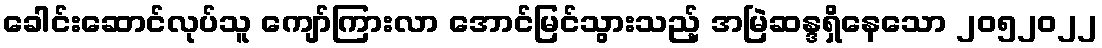
ခေါင်းဆောင်လုပ်သူ ကျော်ကြားလာ အောင်မြင်သွားသည့် အမြဲဆန္ဒရှိနေသော ၂၀၅၂၀၂၂